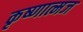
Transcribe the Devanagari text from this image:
कृष्णात्मज